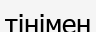
тінімен